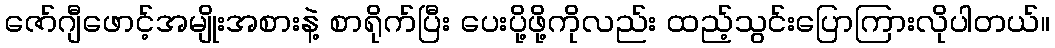
ဇော်ဂျီဖောင့်အမျိုးအစားနဲ့ စာရိုက်ပြီး ပေးပို့ဖို့ကိုလည်း ထည့်သွင်းပြောကြားလိုပါတယ်။